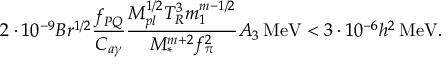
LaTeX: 2 \cdot 1 0 ^ { - 9 } B r ^ { 1 / 2 } \frac { f _ { P Q } } { C _ { a \gamma } } \frac { M _ { p l } ^ { 1 / 2 } T _ { R } ^ { 3 } m _ { 1 } ^ { m - 1 / 2 } } { M _ { * } ^ { m + 2 } f _ { \pi } ^ { 2 } } A _ { 3 } \, \mathrm { M e V } < 3 \cdot 1 0 ^ { - 6 } h ^ { 2 } \, \mathrm { M e V } .